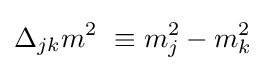
\Delta _{jk}m^{2}\ \equiv m_{j}^{2}-m_{k}^{2}~